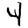
Digit: 4